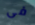
فى